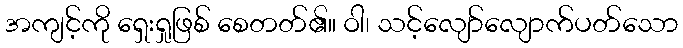
အကျင့်ကို ရှေးရှုဖြစ် စေတတ်၏။ ဝါ၊ သင့်လျော်လျောက်ပတ်သော